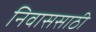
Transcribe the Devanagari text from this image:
निवाससाठी